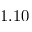
1 . 1 0